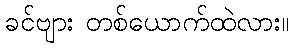
ခင်ဗျား တစ်ယောက်ထဲလား။